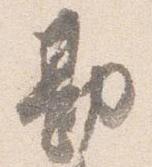
勘